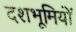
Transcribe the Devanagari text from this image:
दशभूमियों